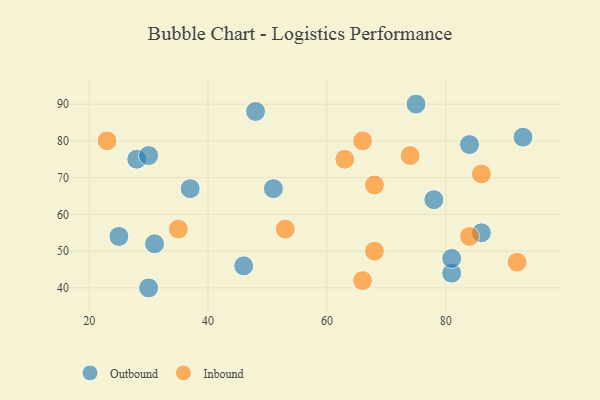
{"axis": {"x": "GDP", "y": "Life Expectancy"}, "legend": ["Inbound", "Outbound"], "data": [{"x": "93", "y": 81, "type": "Outbound"}, {"x": "84", "y": 79, "type": "Outbound"}, {"x": "37", "y": 67, "type": "Outbound"}, {"x": "78", "y": 64, "type": "Outbound"}, {"x": "25", "y": 54, "type": "Outbound"}, {"x": "81", "y": 44, "type": "Outbound"}, {"x": "48", "y": 88, "type": "Outbound"}, {"x": "75", "y": 90, "type": "Outbound"}, {"x": "31", "y": 52, "type": "Outbound"}, {"x": "51", "y": 67, "type": "Outbound"}, {"x": "46", "y": 46, "type": "Outbound"}, {"x": "28", "y": 75, "type": "Outbound"}, {"x": "86", "y": 55, "type": "Outbound"}, {"x": "81", "y": 48, "type": "Outbound"}, {"x": "30", "y": 40, "type": "Outbound"}, {"x": "30", "y": 76, "type": "Outbound"}, {"x": "84", "y": 54, "type": "Inbound"}, {"x": "53", "y": 56, "type": "Inbound"}, {"x": "63", "y": 75, "type": "Inbound"}, {"x": "68", "y": 68, "type": "Inbound"}, {"x": "86", "y": 71, "type": "Inbound"}, {"x": "66", "y": 42, "type": "Inbound"}, {"x": "74", "y": 76, "type": "Inbound"}, {"x": "66", "y": 80, "type": "Inbound"}, {"x": "35", "y": 56, "type": "Inbound"}, {"x": "92", "y": 47, "type": "Inbound"}, {"x": "23", "y": 80, "type": "Inbound"}, {"x": "68", "y": 50, "type": "Inbound"}]}